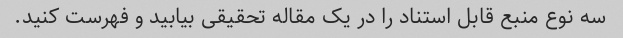
سه نوع منبع قابل استناد را در یک مقاله تحقیقی بیابید و فهرست کنید.